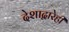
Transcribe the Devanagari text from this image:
देशाद्वारेही